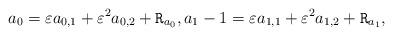
LaTeX: \begin{align*}&a_0=\varepsilon a_{0, 1}+\varepsilon^2 a_{0, 2}+\mathtt{R}_{a_0},a_1-1=\varepsilon a_{1, 1}+\varepsilon^2 a_{1, 2}+\mathtt{R}_{a_1},\end{align*}